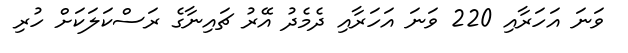
ވަނަ އަހަރާއި 220 ވަނަ އަހަރާއި ދެމެދު އޭރު ޗައިނާގެ ރަސްކަލަކަށް ހުރި